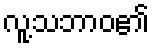
လူ့သဘာဝ၏